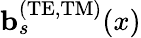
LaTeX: {\mathbf b}_{s}^{\mathrm{(TE,TM)}}(x)